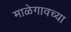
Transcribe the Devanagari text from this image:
माळेगावच्या